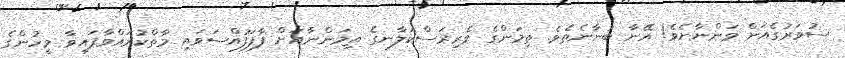
ސުވަރުގެއަށް ވަންނާށެވެ! އޭނާ ބުނާނެތެވެ. ތިމަންގެ ވެރިރަސްކަލާނގެ ތިމަންނާއަށް ފާފަފުއްސަވައި މާތްކުރައްވާފައިވާ މީހުންގެ